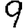
Digit: 9